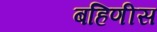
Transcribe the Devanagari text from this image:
बहिणीस